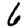
Digit: 6